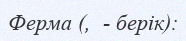
Ферма (,  - берік):